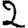
Digit: 2